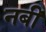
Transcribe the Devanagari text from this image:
नबीं